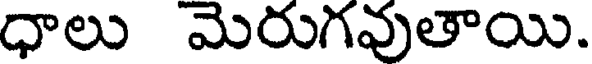
ధాలు మెరుగవుతాయి.